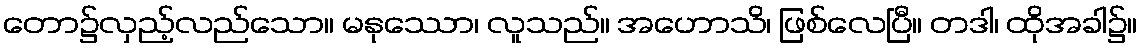
တော၌လှည့်လည်သော။ မနုဿော၊ လူသည်။ အဟောသိ၊ ဖြစ်လေပြီ။ တဒါ၊ ထိုအခါ၌။